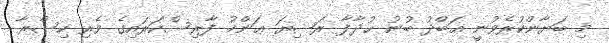
މި ބަޔާންކުރެވުނީ ޢަބްދު ބުނު ޙުޛާފާ ރަޟިޔަ ޢަންހު ފާރިސްކަރައިގެ ވެރި ކިސްރާ